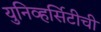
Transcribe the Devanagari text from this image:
युनिव्हर्सिटीची